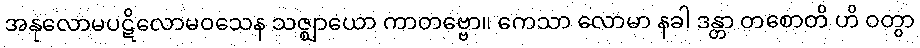
အနုလောမပဋိလောမဝသေန သဇ္ဈာယော ကာတဗ္ဗော။ ကေသာ လောမာ နခါ ဒန္တာ တစောတိ ဟိ ဝတွာ